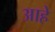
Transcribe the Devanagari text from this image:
आहेे